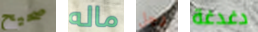
صحيح ماله رجل دغدغة